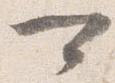
可